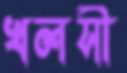
খলসী